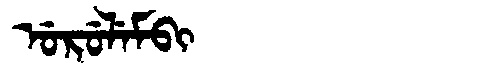
Manchu: ᡠᡵᡠᠯᡝᠮᠪᡳ
Romanization: URULEMBI